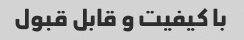
با کیفیت و قابل قبول